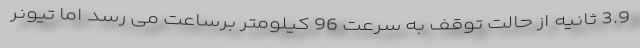
3.9 ثانیه از حالت توقف به سرعت 96 کیلومتر برساعت می رسد اما تیونر